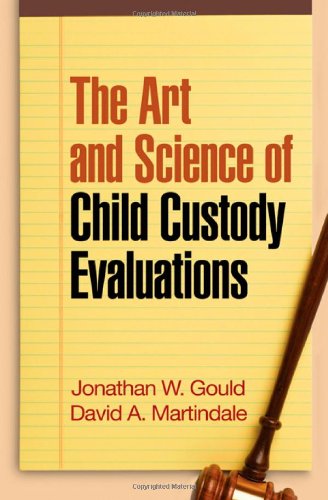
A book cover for The Art and Science of Child Custody Evaluations; Jonathan W. Gould Phd  ABPP; Law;